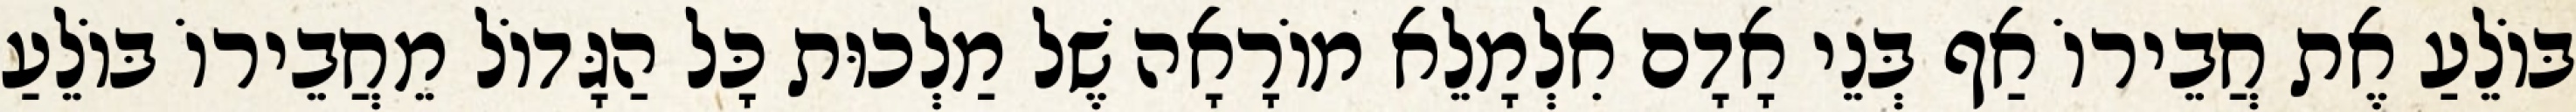
בּוֹלֵעַ אֶת חֲבֵירוֹ אַף בְּנֵי אָדָם אִלְמָלֵא מוֹרָאָה שֶׁל מַלְכוּת כָּל הַגָּדוֹל מֵחֲבֵירוֹ בּוֹלֵעַ